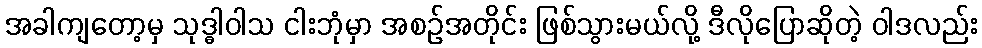
အခါကျတော့မှ သုဒ္ဓါဝါသ ငါးဘုံမှာ အစဉ်အတိုင်း ဖြစ်သွားမယ်လို့ ဒီလိုပြောဆိုတဲ့ ဝါဒလည်း